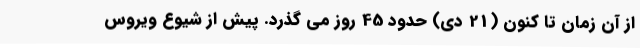
از آن زمان تا کنون (21 دی) حدود 45 روز می گذرد. پیش از شیوع ویروس